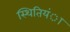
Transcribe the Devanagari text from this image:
स्थितियंा